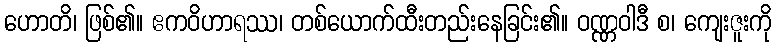
ဟောတိ၊ ဖြစ်၏။ ဧကဝိဟာရဿ၊ တစ်ယောက်ထီးတည်းနေခြင်း၏။ ဝဏ္ဏဝါဒီ စ၊ ကျေးဇူးကို